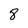
Character: 8